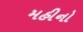
મહીનો